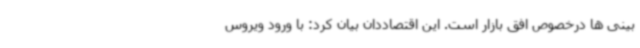
بینی ها درخصوص افق بازار است. این اقتصاددان بیان کرد: با ورود ویروس